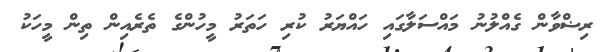
ރިޟްވާން ގެއްލުނު މައްސަލާގައި ހައްޔަރު ކުރި ހަތަރު މީހުންގެ ތެރެއިން ތިން މީހަކު